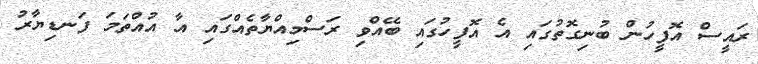
ރައީސް އޮފީހުން ބުނިގޮތުގައި އެ އޮފީހުގައި ބޭއްވި ރަސްމިއްޔާތެއްގައި އާ އުއްތަމަ ފަނޑިޔާރު